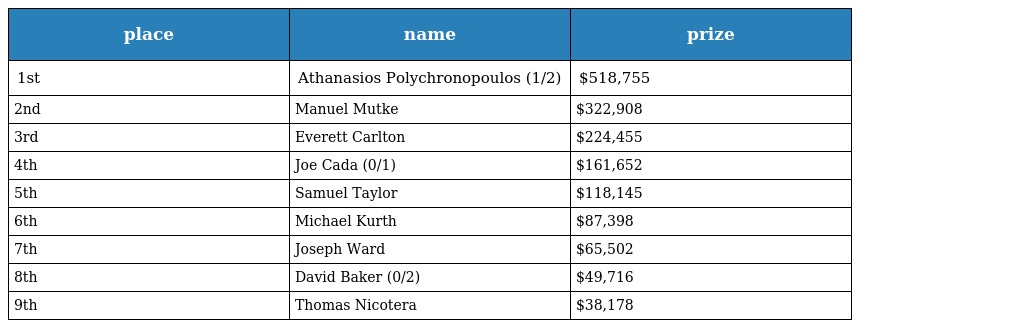
| place | name | prize |
 | --- | --- | --- |
 | 1st | Athanasios Polychronopoulos (1/2) | $518,755 |
 | 2nd | Manuel Mutke | $322,908 |
 | 3rd | Everett Carlton | $224,455 |
 | 4th | Joe Cada (0/1) | $161,652 |
 | 5th | Samuel Taylor | $118,145 |
 | 6th | Michael Kurth | $87,398 |
 | 7th | Joseph Ward | $65,502 |
 | 8th | David Baker (0/2) | $49,716 |
 | 9th | Thomas Nicotera | $38,178 |